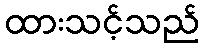
ထားသင့်သည်